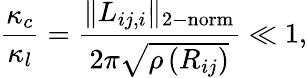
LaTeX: \frac{\kappa_{c}}{\kappa_{l}}=\frac{\| L_{ij,i}\| _{\mathrm{2-norm}}}{2\pi\sqrt{\rho\left(R_{ij}\right)}}\ll 1,